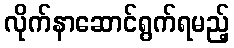
လိုက်နာဆောင်ရွက်ရမည့်